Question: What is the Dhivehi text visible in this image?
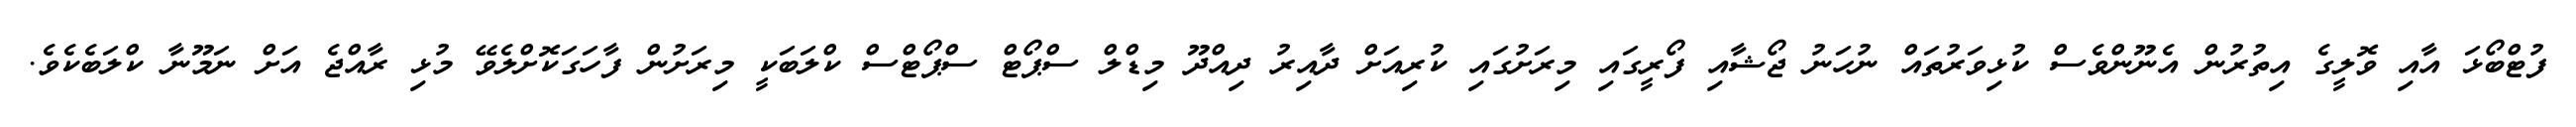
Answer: ފުޓްބޯޅަ އާއި ވޮލީގެ އިތުރުން އެނޫންވެސް ކުޅިވަރުތައް ނުހަނު ޖޯޝާއި ފޯރީގައި މިރަށުގައި ކުރިއަށް ދާއިރު ދިއްދޫ މިޑްލް ސްޕޯޓް ސްޕޯޓްސް ކްލަބަކީ މިރަށުން ފާހަގަކޮށްލެވޭ މުޅި ރާއްޖެ އަށް ނަމޫނާ ކްލަބެކެވެ.